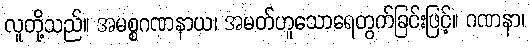
လူတို့သည်။ အမစ္စဂဏနာယ၊ အမတ်ဟူသောရေတွက်ခြင်းဖြင့်။ ဂဏနာ၊